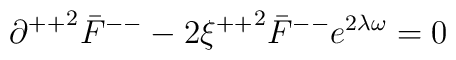
{\partial ^{++}}^{2}{\bar F}^{--}-2{\xi^{++}}^{2}{\bar F}^{--}e^{2 \lambda \omega}=0\\